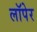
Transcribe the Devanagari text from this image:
लॉपेर